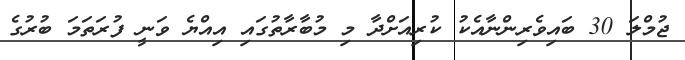
ޖުމްލަ 30 ބައިވެރިންނާއެކު ކުރިއަށްދާ މި މުބާރާތުގައި އިއްޔެ ވަނީ ފުރަތަމަ ބުރުގެ